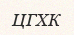
ЦГХК